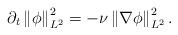
LaTeX: \begin{align*}\partial_{t}\left\Vert \phi\right\Vert _{L^{2}}^{2}=-\nu\left\Vert \nabla\phi\right\Vert _{L^{2}}^{2}.\end{align*}